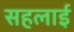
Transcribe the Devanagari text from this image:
सहलाई